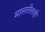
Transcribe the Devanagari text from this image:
मालतीलाही